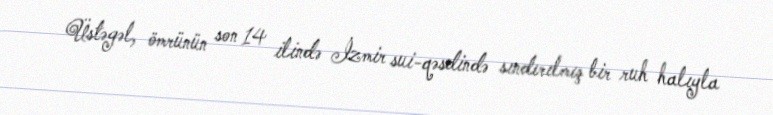
Üstəgəl, ömrünün son 14 ilində İzmir sui-qəsdində sındırılmış bir ruh halıyla